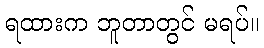
ရထားက ဘူတာတွင် မရပ်။